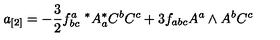
a _ { [ 2 ] } = - { \frac { 3 } { 2 } } f _ { b c } ^ { a } \ ^ { * } A _ { a } ^ { * } C ^ { b } C ^ { c } + 3 f _ { a b c } A ^ { a } \wedge A ^ { b } C ^ { c }